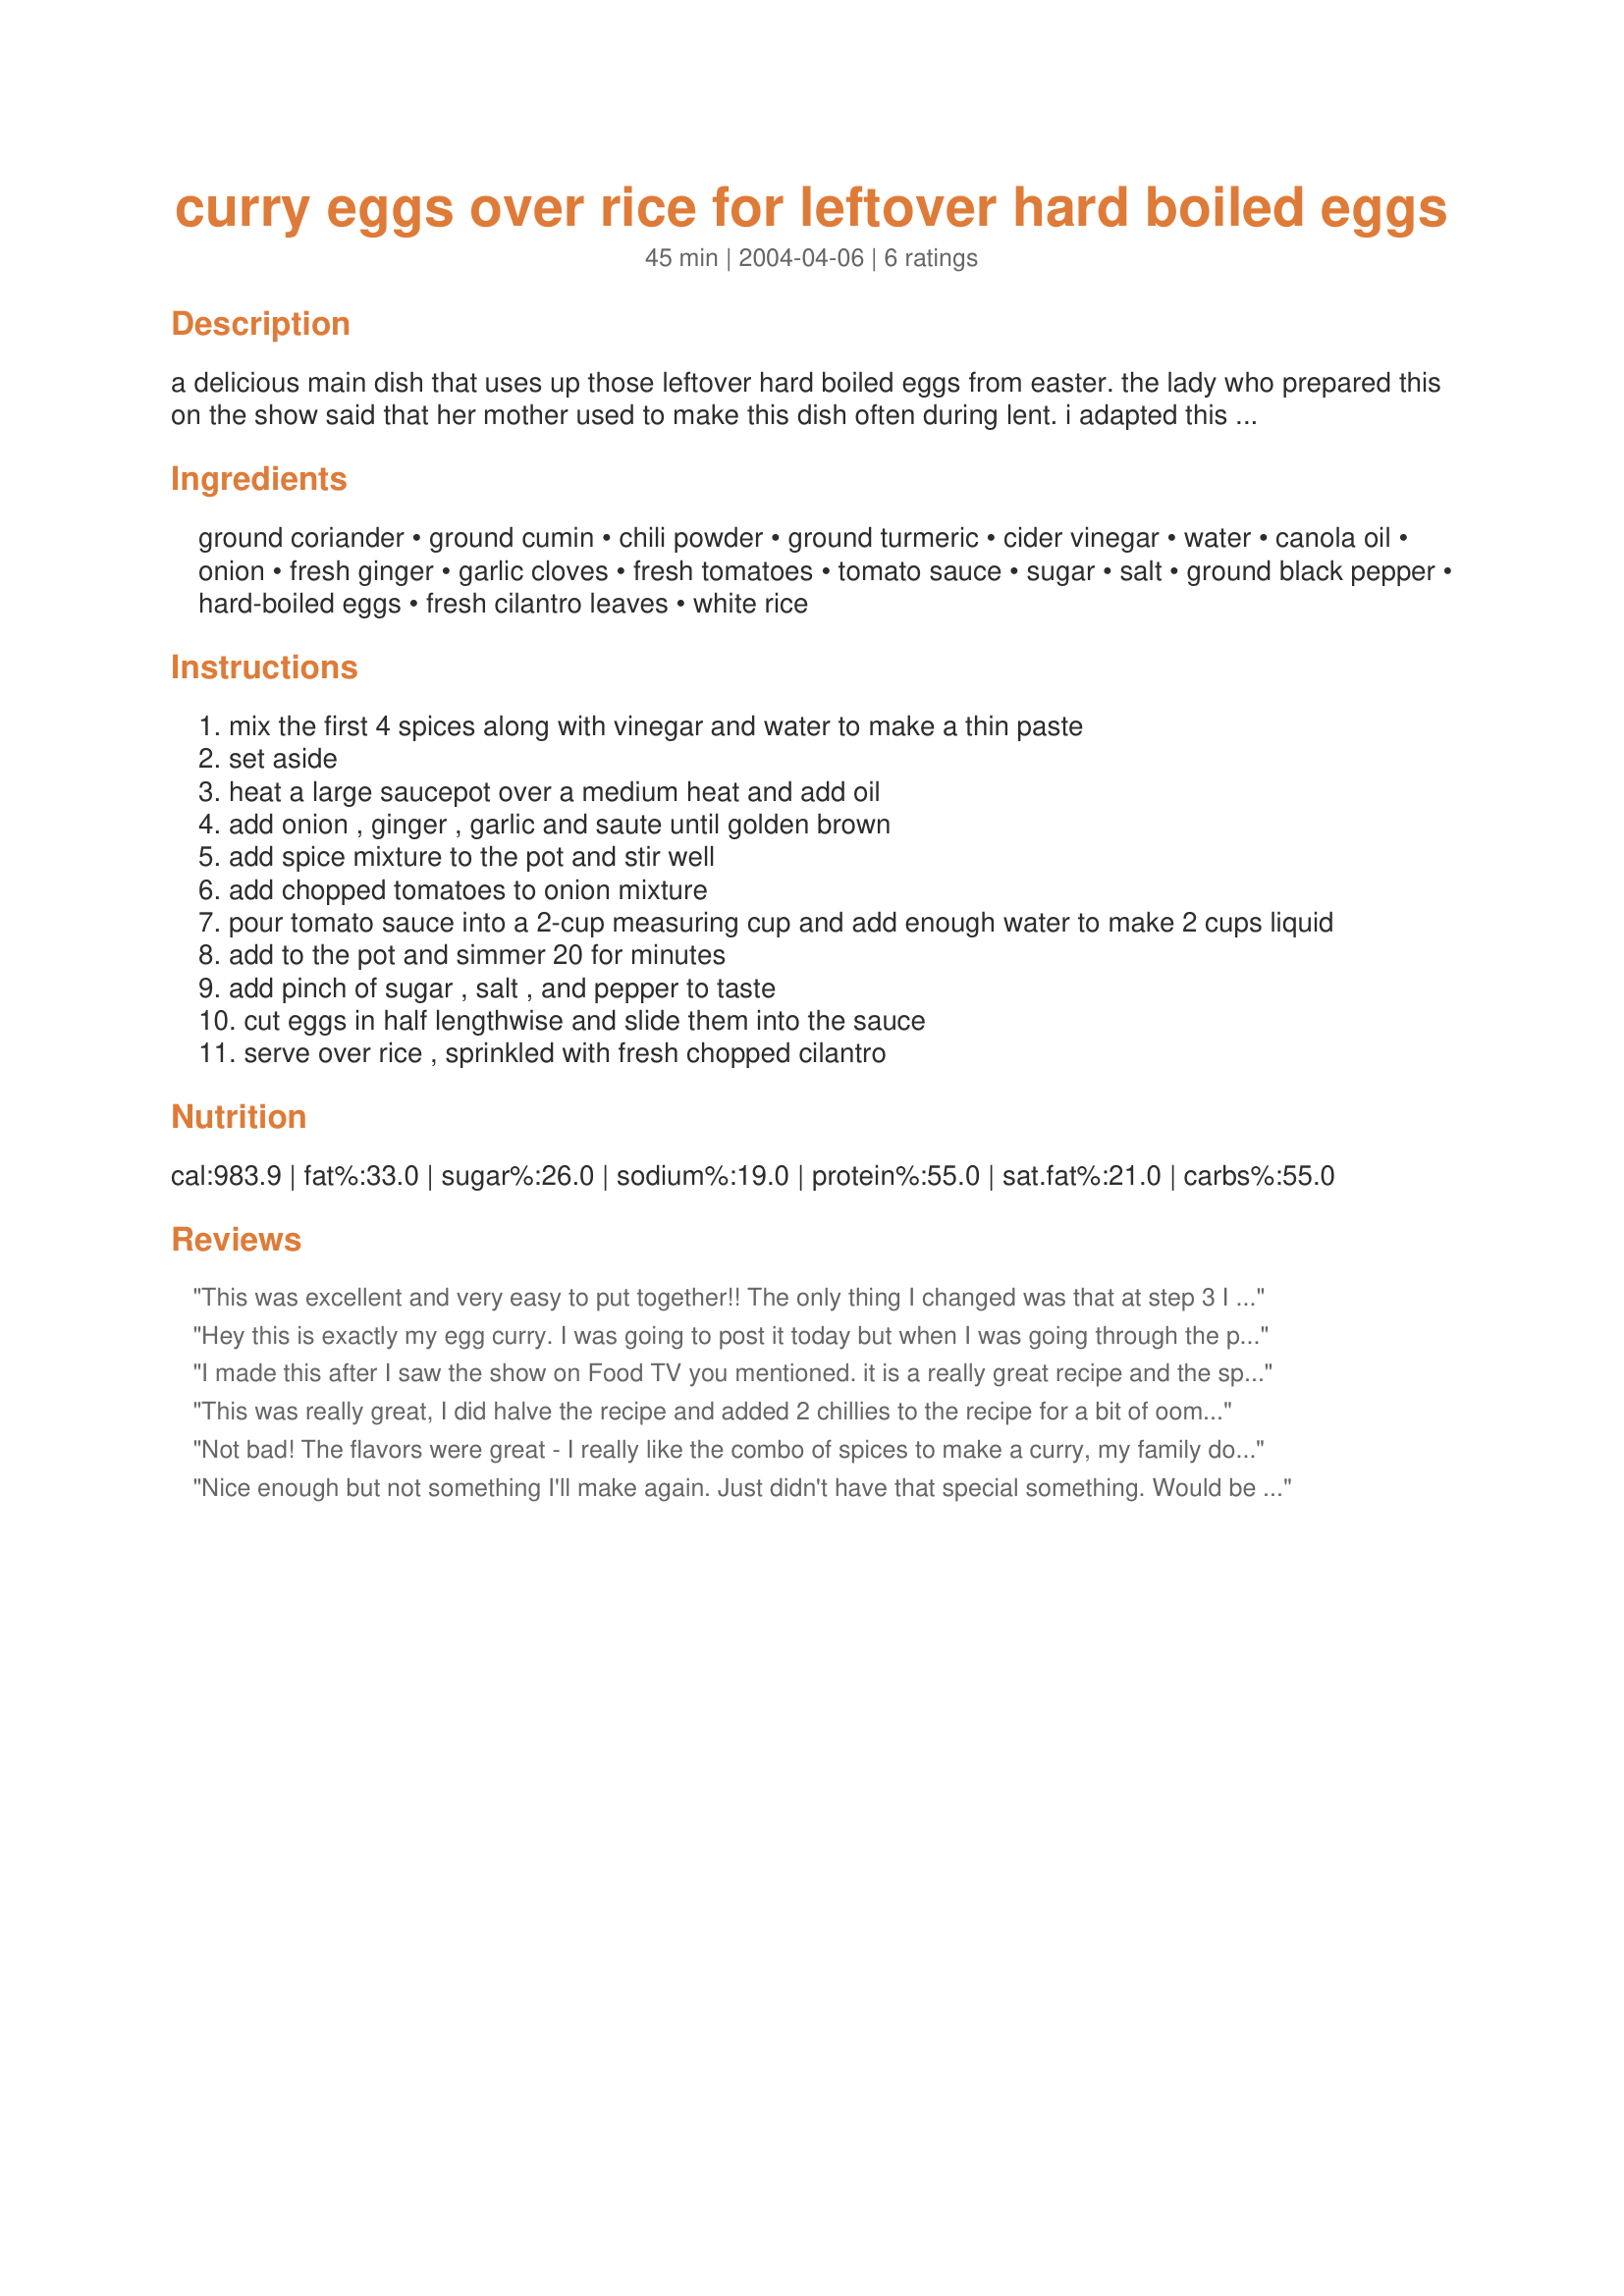
curry eggs over rice for leftover hard boiled eggs
Preparation time: 45 minutes

a delicious main dish that uses up those leftover hard boiled eggs from easter. the lady who prepared this on the show said that her mother used to make this dish often during lent. i adapted this recipe from one i saw on "calling all cooks" on food network. this recipe halves beautifully. this is not a particularly spicy dish, just rich in flavor. (note:there is no curry powder in this recipe - you are essentially making your own blend using various spices.)

Ingredients:
ground coriander, ground cumin, chili powder, ground turmeric, cider vinegar, water, canola oil, onion, fresh ginger, garlic cloves, fresh tomatoes, tomato sauce, sugar, salt, ground black pepper, hard-boiled eggs, fresh cilantro leaves, white rice

Steps:
mix the first 4 spices along with vinegar and water to make a thin paste
set aside
heat a large saucepot over a medium heat and add oil
add onion , ginger , garlic and saute until golden brown
add spice mixture to the pot and stir well
add chopped tomatoes to onion mixture
pour tomato sauce into a 2-cup measuring cup and add enough water to make 2 cups liquid
add to the pot and simmer 20 for minutes
add pinch of sugar , salt , and pepper to taste
cut eggs in half lengthwise and slide them into the sauce
serve over rice , sprinkled with fresh chopped cilantro

Reviews:
This was excellent and very easy to put together!! The only thing I changed was that at step 3 I added 2 chopped green chili peppers for an extra kick.
And I quartered the eggs.
Served it with basmati rice and a bowl of chopped mango's
Will make this again, thanks Heather!!
Hey this is exactly my egg curry. I was going to post it today but when I was going through the posts I noticed yours. I use only 1 tblsp oil, cayenne pepper powder and only fresh tomatoes. But other than that it is the same. Will not duplicate the post but will definitely rate it to let other folks know how special this is. :) Fay
I made this after I saw the show on Food TV you mentioned. it is a really great recipe and the spices are so right. It goes great with Indian breads too.
This was really great, I did halve the recipe and added 2 chillies to the recipe for a bit of oomph and added a clove of garlic. This is really a keeper.
Not bad! The flavors were great - I really like the combo of spices to make a curry, my family doesn't like too much spice and that usually rules out store-bought curry pastes. I halved the recipe for my family of three. My only complaints are that it was a lot of prep work (more than 15 minutes), and there wasn't enough of it. I will be making this again but won't halve it next time - if we have extra, I'll let you know how it keeps for leftovers!
Nice enough but not something I'll make again.
Just didn't have that special something.
Would be OK as part of a buffet I guess. Needed some vegies to go with it.
